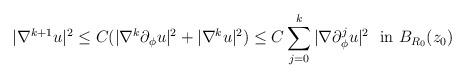
LaTeX: \begin{align*} |\nabla^{k+1}u|^2\le C(|\nabla^k\partial_{\phi}u|^2+|\nabla^ku|^2) \le C\sum_{j=0}^k|\nabla\partial_{\phi}^ju|^2\ \hbox{ in } B_{R_0}(z_0) \end{align*}